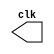
// -------------------------
// Nome: Marcio Enio Gonalves Dutra Junior
// -------------------------

// --------------------------- 
// -- test clock generator (1) 
// --------------------------- 
 
module clock ( clk ); 
 output clk; 
 reg      clk; 
 
 initial 
  begin 
   clk = 1'b0; 
  end 
 
 always 
  begin 
   #12 clk = ~clk; 
  end 
 
endmodule // clock ( ) 
 
module Exemplo0041; 
 
 wire  clk; 
 clock CLK1 ( clk ); 
 
 initial begin 
  $dumpfile ( "Exemplo0041.vcd" ); 
  $dumpvars; 
 
  #120 $finish; 
 end 
 
endmodule // Exemplo041 ( )